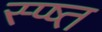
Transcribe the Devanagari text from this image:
स्प्ष्त